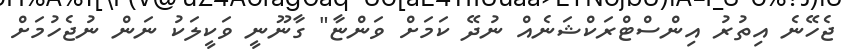
ޖެހޭނެ އިތުރު އިންސްޓްރަކްޝަނެއް ނުދޭ ކަމަށް ވަންޏާ" ގާނޫނީ ވަކީލަކު ނަން ނުޖެހުމަށް